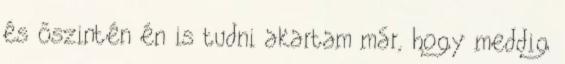
és őszintén én is tudni akartam már, hogy meddig